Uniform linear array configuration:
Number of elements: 24
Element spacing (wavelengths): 0.75
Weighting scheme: exponential
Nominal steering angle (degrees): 30
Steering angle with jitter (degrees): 28.764
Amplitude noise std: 0.05
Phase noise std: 0.05

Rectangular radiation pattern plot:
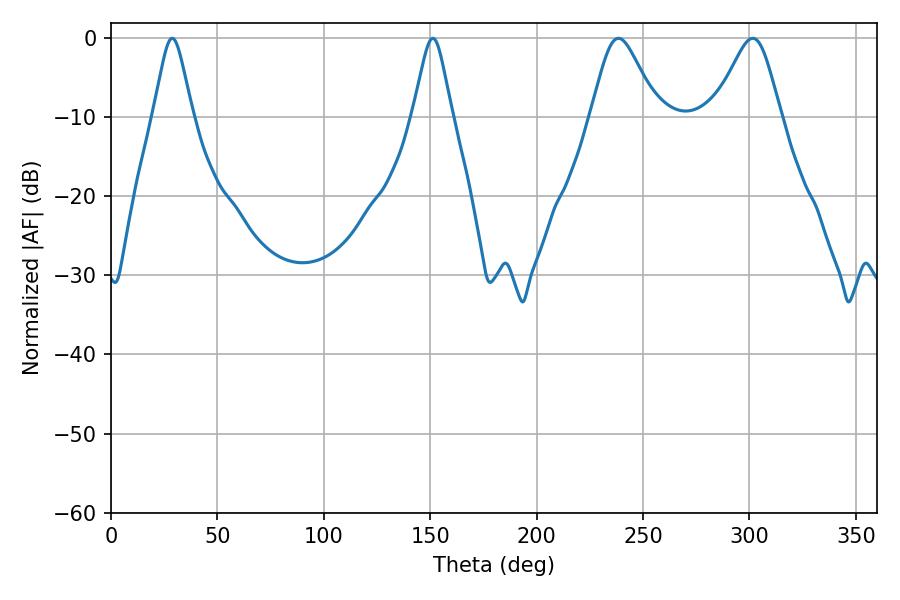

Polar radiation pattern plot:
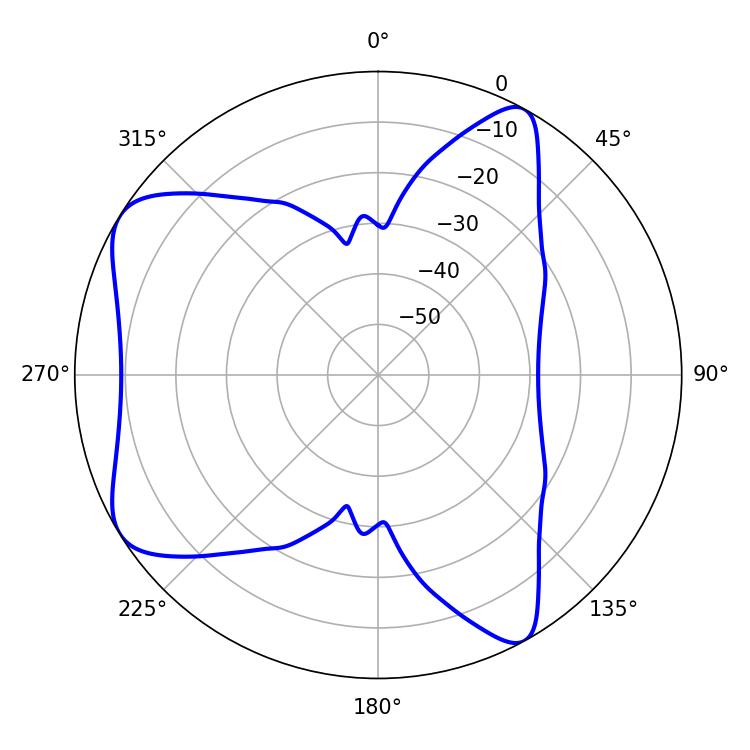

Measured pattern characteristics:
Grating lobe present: TRUE
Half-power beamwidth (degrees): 15.3
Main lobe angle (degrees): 238.5